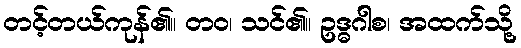
တင့်တယ်ကုန်၏။ တဝ၊ သင်၏။ ဥဒ္ဓဂါစ၊ အထက်သို့